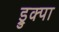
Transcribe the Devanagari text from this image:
ड्रुक्पा